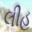
લીહ